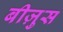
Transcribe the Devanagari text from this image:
बीज़ुस